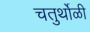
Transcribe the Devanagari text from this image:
चतुर्थोळी